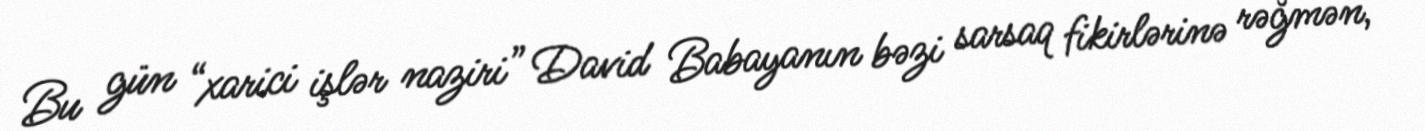
Bu gün “xarici işlər naziri” David Babayanın bəzi sarsaq fikirlərinə rəğmən,